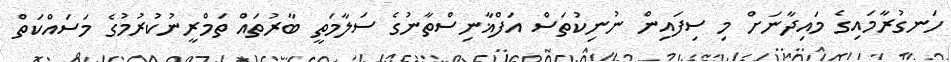
ހަނގުރާމައިގެ މައިދާނަށް މި ސިފައިން ނުނިކުތަސް އަފްޣާނިސްތާނުގެ ސަލާމަތީ ބާރުތައް ތަމްރީނުކުރުމުގެ މަސައްކަތް